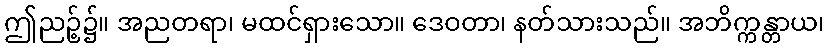
ဤညဉ့်၌။ အညတရာ၊ မထင်ရှားသော။ ဒေဝတာ၊ နတ်သားသည်။ အဘိက္ကန္တာယ၊